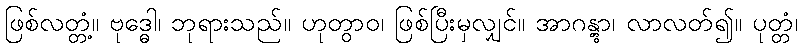
ဖြစ်လတ္တံ့။ ဗုဒ္ဓေါ၊ ဘုရားသည်။ ဟုတွာဝ၊ ဖြစ်ပြီးမှလျှင်။ အာဂန္တွာ၊ လာလတ်၍။ ပုတ္တံ၊